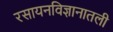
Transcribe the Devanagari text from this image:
रसायनविज्ञानातली